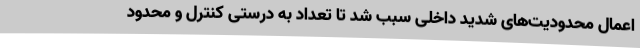
اعمال محدودیت‌های شدید داخلی سبب شد تا تعداد به درستی کنترل و محدود